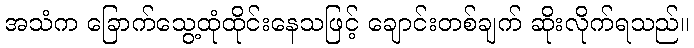
အသံက ခြောက်သွေ့ထုံထိုင်းနေသဖြင့် ချောင်းတစ်ချက် ဆိုးလိုက်ရသည်။